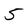
Character: 5